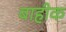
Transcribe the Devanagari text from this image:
बाहीक